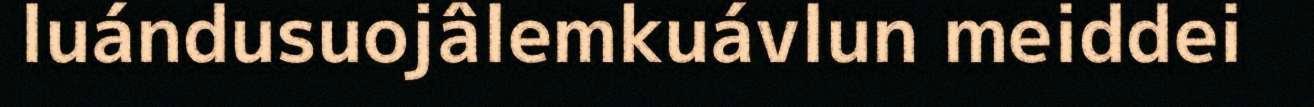
luándusuojâlemkuávlun meiddei